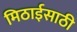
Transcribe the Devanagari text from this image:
मिठाईसाठी